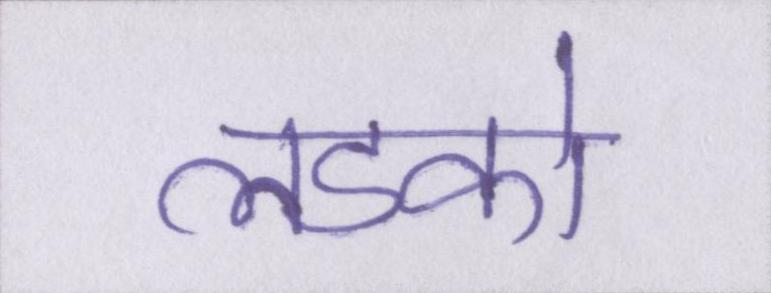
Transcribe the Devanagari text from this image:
लडको